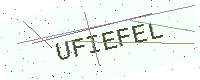
Text: UFIEFEL